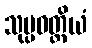
သုပ္ပဝတ္တိယံ